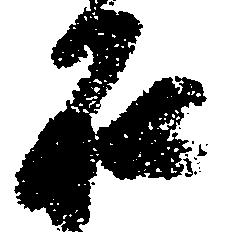
石